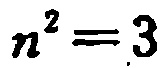
\(n^{2}=3\)